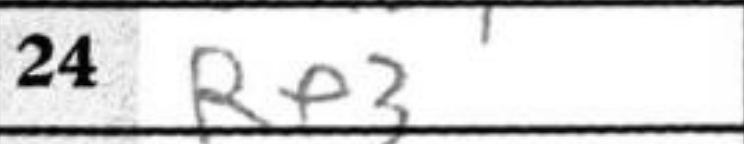
Transcription: Re3